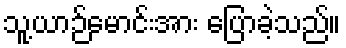
သူ့ယာဉ်မောင်းအား ပြောခဲ့သည်။